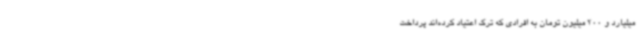
میلیارد و 200 میلیون تومان به افرادی که ترک اعتیاد کرده‌اند پرداخت